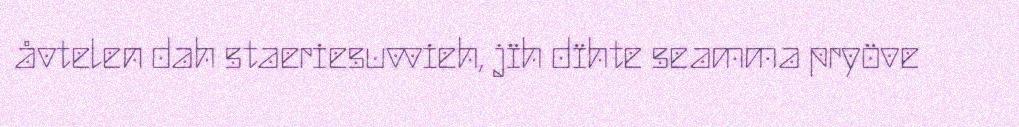
åvtelen dah staeriesuvvieh, jïh dïhte seamma pryöve